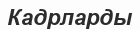
Кадрларды